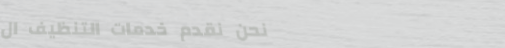
نحن نقدم خدمات التنظيف ال